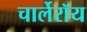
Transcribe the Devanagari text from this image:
चार्लेरॉय